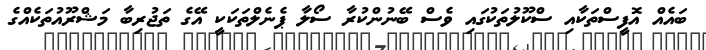
ބައެއް އޮފީސްތަކާއި ސްކޫލުތަކުގައި ވެސް ބޭނުންކުރާ ސޯލާ ޕެނެލްތަކަކީ އޭގެ ތަޖުރިބާ މަޝްރޫއުތަކެއްގެ